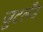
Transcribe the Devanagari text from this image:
जुटलँड